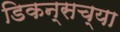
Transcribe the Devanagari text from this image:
डिकन्सच्या